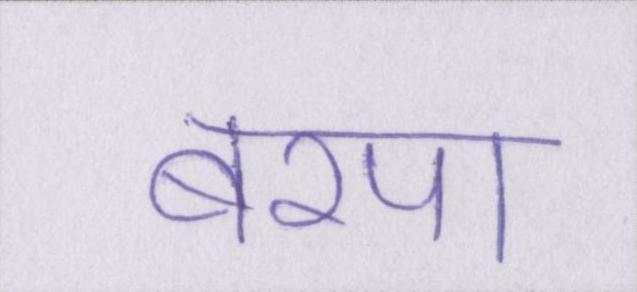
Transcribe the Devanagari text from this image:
बरपा